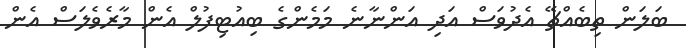
ބަލަން ތިބެއްޗޭ އެދުވަސް އަދި އަންނާނެ މަމެންގެ ބިއުޓިފުލް އެން މާރެވެލަސް އެން